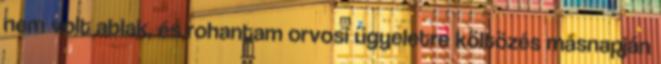
nem volt ablak, és rohantam orvosi ügyeletre költözés másnapján